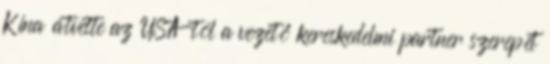
Kína átvette az USA-tól a vezető kereskedelmi partner szerepét